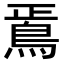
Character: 𩿳